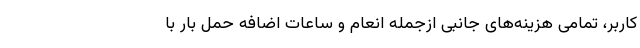
کاربر، تمامی هزینه‌های جانبی ازجمله انعام و ساعات اضافه حمل بار با